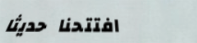
افتتحنا حديثاً